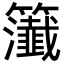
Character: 𥷰